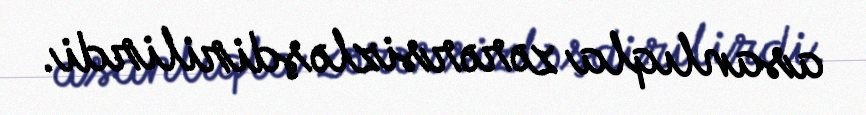
asanlıqla zərərsizləşdirilirdi.